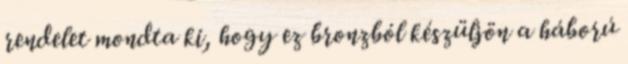
rendelet mondta ki, hogy ez bronzból készüljön a háború